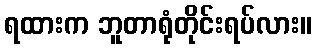
ရထားက ဘူတာရုံတိုင်းရပ်လား။